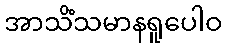
အာသိံသမာနရူပေါဝ